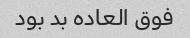
فوق العاده بد بود